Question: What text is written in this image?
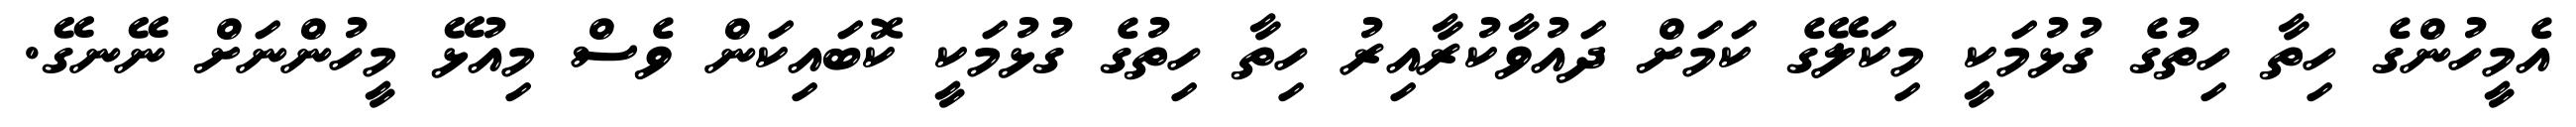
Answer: އެމީހުންގެ ހިތާ ހިތުގެ ގުޅުމަކީ މިކަލޭގެ ކަމަށް ދައުވާކުރާއިރު ހިތާ ހިތުގެ ގުޅުމަކީ ކޮބައިކަން ވެސް މިއުޅޭ މީހުންނަށް ނޭނގޭ.